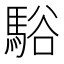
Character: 𩣥